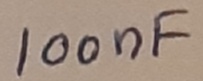
Text: 100nF